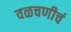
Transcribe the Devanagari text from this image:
वळचणीचं